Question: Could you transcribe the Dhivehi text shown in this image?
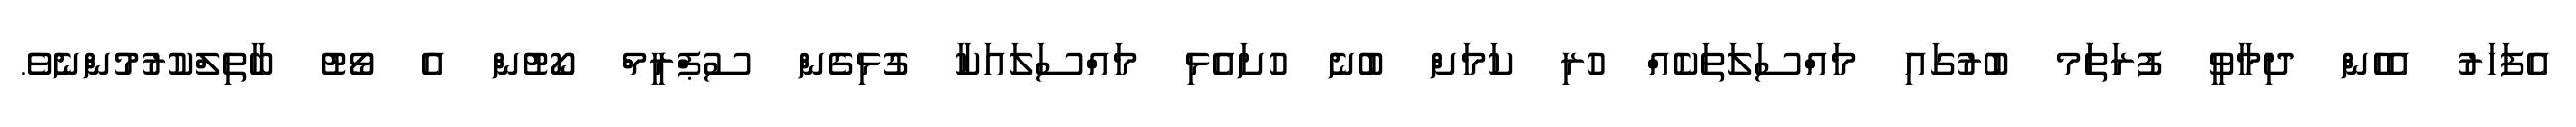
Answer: އެފަހަރު އެހެން ދިމާވީ ފުރަތަަމ ބުރުގައި މައްސަލަތަކެއް ހުރި ކަމަށް ބުނެ ހުށައެޅި މައްސަލައަކާ ގުޅިގެން ސުޕްރީމް ކޯޓުން އެ ވޯޓު ބާތިލްކުރުމުންނެވެ.